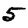
Digit: 5